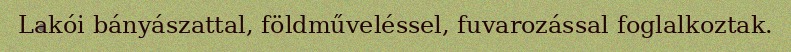
Lakói bányászattal, földműveléssel, fuvarozással foglalkoztak.